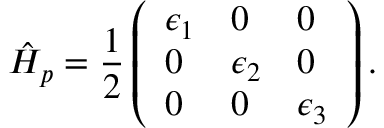
\hat { H } _ { p } = \frac { 1 } { 2 } \left( \begin{array} { l l l } { \epsilon _ { 1 } } & { 0 } & { 0 } \\ { 0 } & { \epsilon _ { 2 } } & { 0 } \\ { 0 } & { 0 } & { \epsilon _ { 3 } } \end{array} \right) .